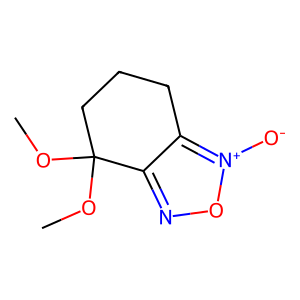
SMILES: COC1(OC)CCCc2c1no[n+]2[O-]
Inhibits HIV replication: No